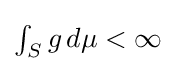
\textstyle \int _{S}g\,d\mu <\infty